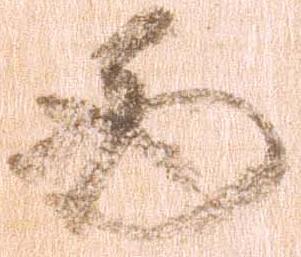
西